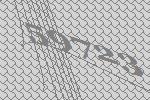
59723